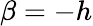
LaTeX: \beta=\mathfrak-h